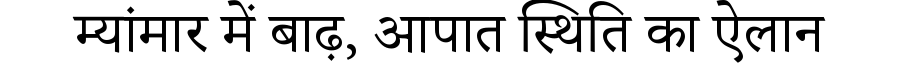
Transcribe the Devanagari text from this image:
म्यांमार में बाढ़, आपात स्थिति का ऐलान